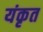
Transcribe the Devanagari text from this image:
यंकृत